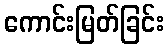
ကောင်းမြတ်ခြင်း